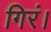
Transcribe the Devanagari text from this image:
गिरं।